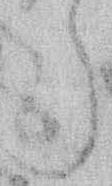
ら